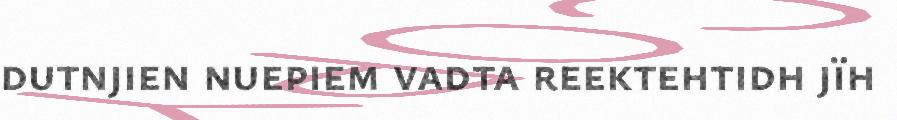
dutnjien nuepiem vadta reektehtidh jïh